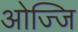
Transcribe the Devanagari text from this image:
ओज्जि